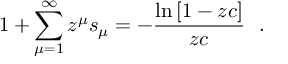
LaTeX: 1 + \sum _ { \mu = 1 } ^ { \infty } z ^ { \mu } s _ { \mu } = - \frac { \ln { [ 1 - z c ] } } { z c } \ \ .